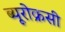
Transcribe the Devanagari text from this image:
ब्यूरोक्रसी